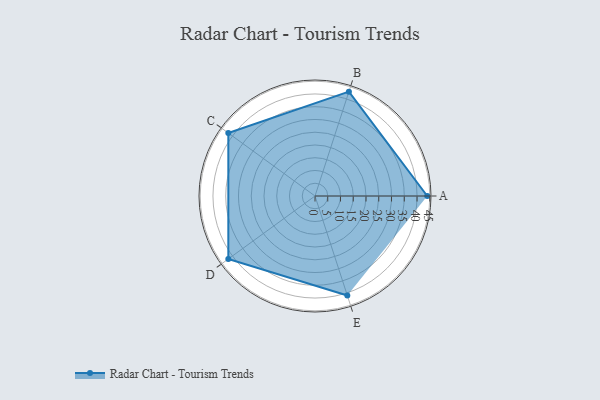
{"axis": {"x": "Skill", "y": "Score"}, "legend": ["Profile"], "data": [{"x": "A", "y": 44.0, "type": "Profile"}, {"x": "B", "y": 43.0, "type": "Profile"}, {"x": "C", "y": 42.0, "type": "Profile"}, {"x": "D", "y": 42.0, "type": "Profile"}, {"x": "E", "y": 41.0, "type": "Profile"}]}